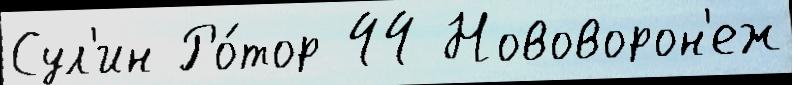
Сул'ин Ро́тор 44 Нововорон'еж